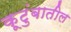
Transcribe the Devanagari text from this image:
कूटुंबातील